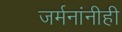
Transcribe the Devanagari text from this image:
जर्मनांनीही